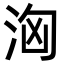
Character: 洶